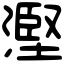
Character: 𣻹